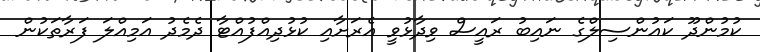
ކުމުންދޫ ކައުންސިލްގެ ނައިބު ރައީސް ވިދާޅުވީ އެރަށާއި ކުޅުދިއްފުއްޓާ ދެމެދު އަމިއްލަ ފަރާތަކުން